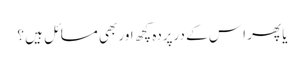
یا پھر ا س کے درپردہ کچھ اور بھی مسائل ہیں ؟